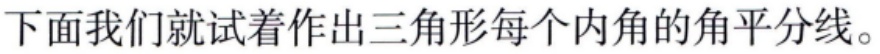
下面我们就试着作出三角形每个内角的角平分线。